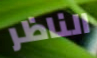
الناظر